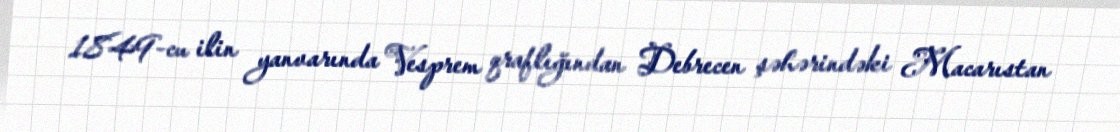
1849-cu ilin yanvarında Vesprem qraflığından Debrecen şəhərindəki Macarıstan